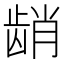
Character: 𬺆